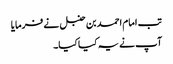
تب امام احمد بن حنبل نے فرمایا
آپ نے یہ کیا کیا۔